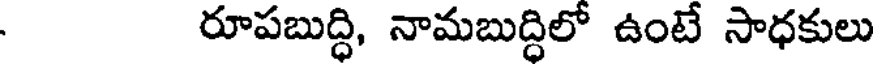
రూపబుద్ధి, నామబుద్ధిలో ఉంటే సాధకులు